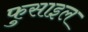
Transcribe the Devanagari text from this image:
फुसाइल